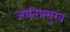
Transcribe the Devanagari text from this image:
जातिप्रमुख